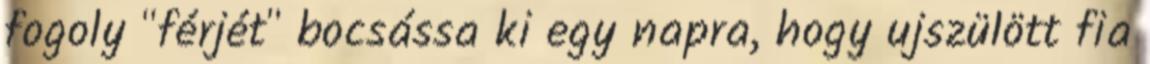
fogoly "férjét" bocsássa ki egy napra, hogy ujszülött fia